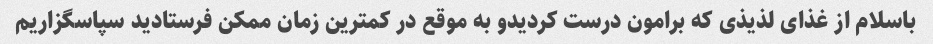
باسلام از غذای لذیذی که برامون درست کردیدو به موقع در کمترین زمان ممکن فرستادید سپاسگزاریم